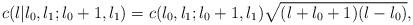
LaTeX: \begin{align*}c(l|l_{0},l_{1};l_{0}+1,l_{1}) = c(l_{0},l_{1};l_{0}+1,l_{1})\sqrt{(l+l_{0}+1)(l-l_{0})},\end{align*}